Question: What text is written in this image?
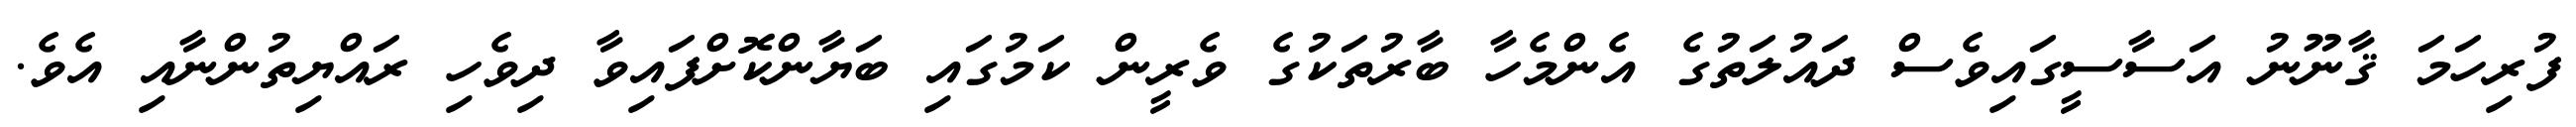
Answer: ފުރިހަމަ ޤާނޫނު އަސާސީގައިވެސް ދައުލަތުގެ އެންމެހާ ބާރުތަކުގެ ވެރީން ކަމުގައި ބަޔާންކޮށްފައިވާ ދިވެހި ރައްޔިތުންނާއި އެވެ.